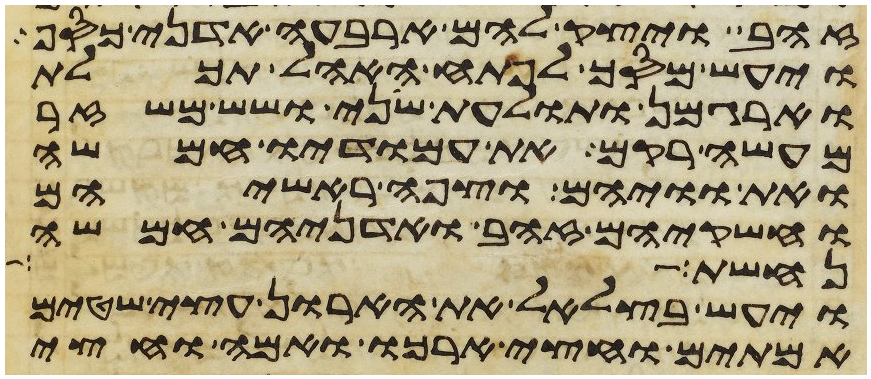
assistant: זהב ויצק להם ארבעה אדני כסף
ויעש מסך לפתח האהל תכלת
וארגמן ותולעת שני ושש משזר
מעשה רקם את עמודיו חמשה
ואת וויהם וצפה ראשיהם
וחשקיהם זהב ואדניהם חמשה
נחשת ארך
ויעש בצלאל את הארון עצי שטים
אמתים וחצי ארכו ואמה וחצי